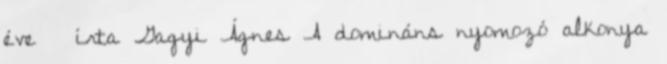
éve  írta Gagyi Ágnes A domináns nyomozó alkonya